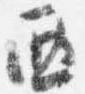
西